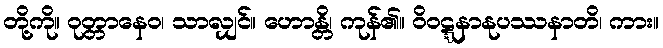
တို့ကို။ ဝုတ္တာနေဝ၊ သာလျှင်။ ဟောန္တိ၊ ကုန်၏။ ဝိဝဋ္ဋနာနုပဿနာတိ၊ ကား။